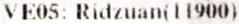
VE05: RIDZUAN(11900)